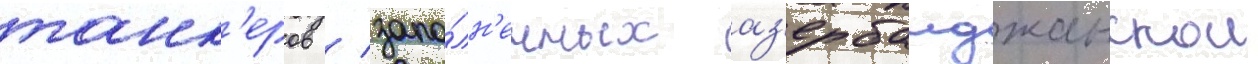
танк'еров / запо́лн'енных аз'ербаиджанскои